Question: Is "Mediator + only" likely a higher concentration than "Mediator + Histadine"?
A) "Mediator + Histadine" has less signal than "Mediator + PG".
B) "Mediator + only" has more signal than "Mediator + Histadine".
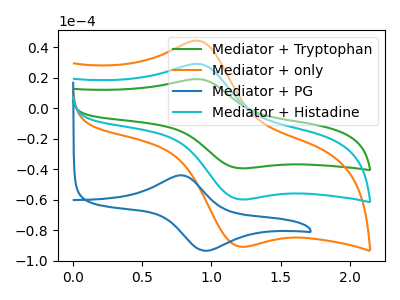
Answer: <think>The green curve "Mediator + Tryptophan" has an anodic peak at (0.90V, 58.10uA) and a cathodic peak at (1.20V, -119.35uA). The orange curve "Mediator + only" has an anodic peak at (0.90V, 44.15uA) and a cathodic peak at (1.20V, -90.70uA). The blue curve "Mediator + PG" has an anodic peak at (0.80V, -43.85uA) and a cathodic peak at (0.95V, -93.30uA). The cyan curve "Mediator + Histadine" has an anodic peak at (0.90V, 29.05uA) and a cathodic peak at (1.20V, -59.65uA).
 All the peaks in "Mediator + only" have a peak in "Mediator + Histadine" at the same potential. Every peak in "Mediator + only" is higher than every peak in "Mediator + Histadine".</think>
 <answer>B) "Mediator + only" has more signal than "Mediator + Histadine".</answer>
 <eval>B</eval>